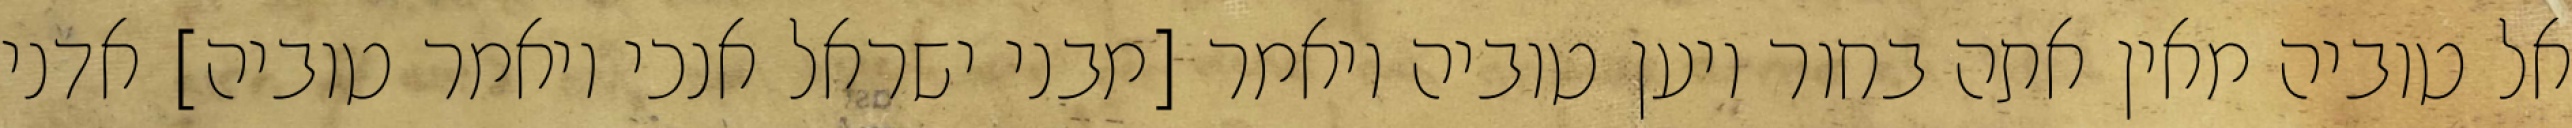
אל טוביה מאין אתה בחור ויען טוביה ויאמר [מבני ישראל אנכי ויאמר טוביה] אדני